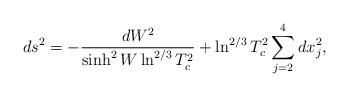
LaTeX: \begin{align*}ds^2=-\frac{dW^2}{\sinh^{2}W\ln^{2/3}T_c^2}+\ln^{2/3}T_c^2\sum_{j=2}^{4}dx_j^2 ,\end{align*}